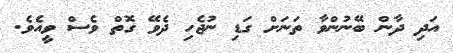
އަދި ދާން ބޭނުންވާ ތަނަށް ގަޑި ނުޖެހި ދެވޭ ގޮތް ވެސް ވީއެވެ.